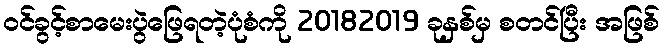
ဝင်ခွင့်စာမေးပွဲဖြေရတဲ့ပုံစံကို 20182019 ခုနှစ်မှ စတင်ပြီး အဖြစ်